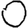
Digit: 0